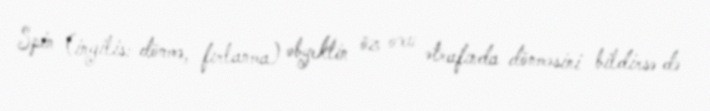
Spin (ingilis: dönmə, fırlanma) obyektin öz oxu ətrafında dönməsini bildirsə də